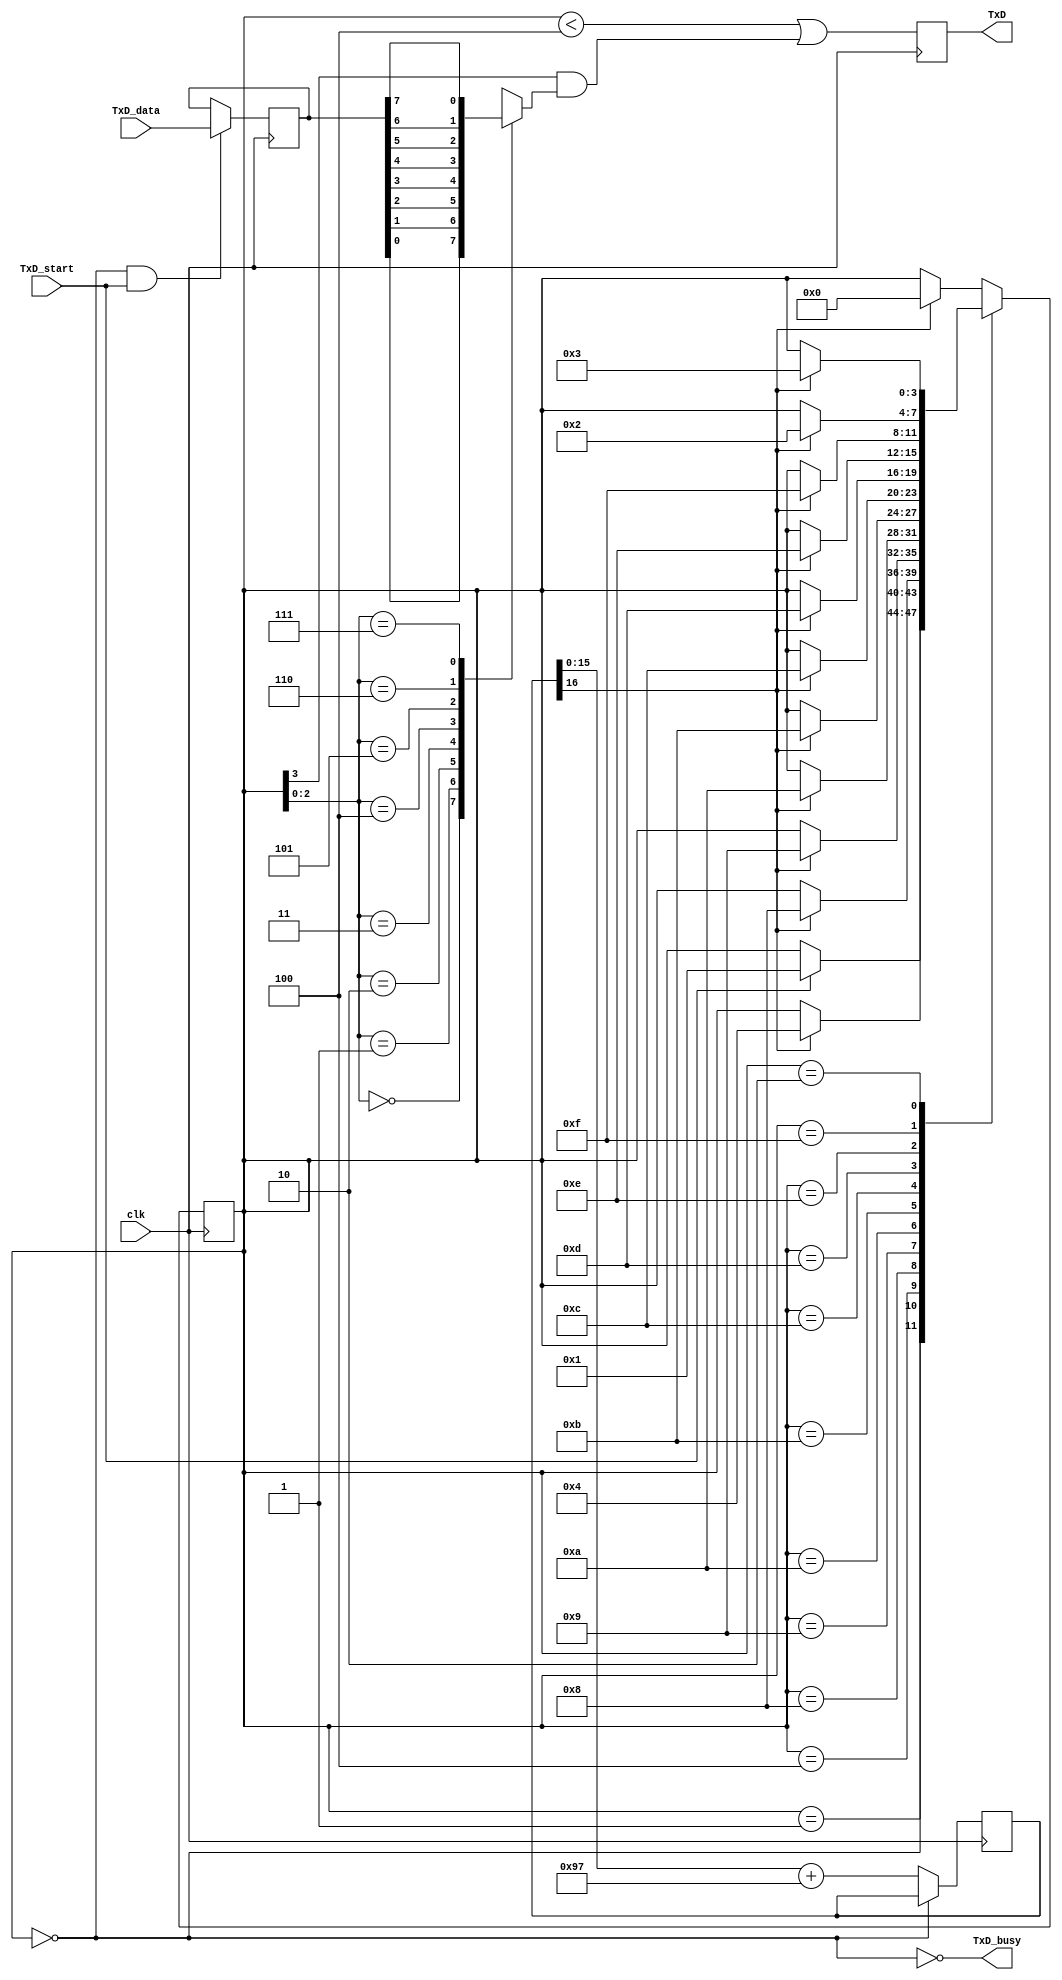
`timescale 1ns / 1ps
//////////////////////////////////////////////////////////////////////////////////
// Company: 
// Engineer: 
// 
// Design Name: 
// Module Name:    uart_tx 
// Project Name: 
// Target Devices: 
// Tool versions: 
// Description: 
//
// Dependencies: 
//
// Revision: 
// Revision 0.01 - File Created
// Additional Comments: 
//
//////////////////////////////////////////////////////////////////////////////////
module uart_tx(clk, TxD_start, TxD_data, TxD, TxD_busy);

input clk, TxD_start;
input [7:0] TxD_data;
output TxD, TxD_busy;

parameter ClkFrequency = 50000000;
parameter Baud = 115200;
parameter RegisterInputData = 1;	

parameter BaudGeneratorAccWidth = 16;
reg [BaudGeneratorAccWidth:0] BaudGeneratorAcc;
wire [BaudGeneratorAccWidth:0] BaudGeneratorInc = ((Baud<<(BaudGeneratorAccWidth-4))+(ClkFrequency>>5))/(ClkFrequency>>4);

wire BaudTick = BaudGeneratorAcc[BaudGeneratorAccWidth];
wire TxD_busy;
always @(posedge clk) if(TxD_busy) BaudGeneratorAcc <= BaudGeneratorAcc[BaudGeneratorAccWidth-1:0] + BaudGeneratorInc;


reg [3:0] state;
wire TxD_ready = (state==0);
assign TxD_busy = ~TxD_ready;

reg [7:0] TxD_dataReg;
always @(posedge clk) if(TxD_ready & TxD_start) TxD_dataReg <= TxD_data;
wire [7:0] TxD_dataD = RegisterInputData ? TxD_dataReg : TxD_data;

always @(posedge clk)
case(state)
	4'b0000: if(TxD_start) state <= 4'b0001;
	4'b0001: if(BaudTick) state <= 4'b0100;
	4'b0100: if(BaudTick) state <= 4'b1000;  // start
	4'b1000: if(BaudTick) state <= 4'b1001;  // bit 0
	4'b1001: if(BaudTick) state <= 4'b1010;  // bit 1
	4'b1010: if(BaudTick) state <= 4'b1011;  // bit 2
	4'b1011: if(BaudTick) state <= 4'b1100;  // bit 3
	4'b1100: if(BaudTick) state <= 4'b1101;  // bit 4
	4'b1101: if(BaudTick) state <= 4'b1110;  // bit 5
	4'b1110: if(BaudTick) state <= 4'b1111;  // bit 6
	4'b1111: if(BaudTick) state <= 4'b0010;  // bit 7
	4'b0010: if(BaudTick) state <= 4'b0011;  // stop1
	4'b0011: if(BaudTick) state <= 4'b0000;  // stop2
	default: if(BaudTick) state <= 4'b0000;
endcase


reg muxbit;
always @( * )
case(state[2:0])
	3'd0: muxbit <= TxD_dataD[0];
	3'd1: muxbit <= TxD_dataD[1];
	3'd2: muxbit <= TxD_dataD[2];
	3'd3: muxbit <= TxD_dataD[3];
	3'd4: muxbit <= TxD_dataD[4];
	3'd5: muxbit <= TxD_dataD[5];
	3'd6: muxbit <= TxD_dataD[6];
	3'd7: muxbit <= TxD_dataD[7];
endcase

reg TxD;
always @(posedge clk) TxD <= (state<4) | (state[3] & muxbit);  

endmodule